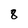
Character: 8